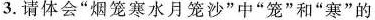
3.请体会”烟笼寒水月笼沙”中”笼”和”寒”的